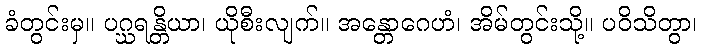
ခံတွင်းမှ။ ပဂ္ဃရန္တိယာ၊ ယိုစီးလျက်။ အန္တောဂေဟံ၊ အိမ်တွင်းသို့။ ပဝိသိတွာ၊